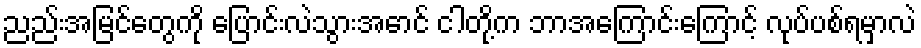
ညည်းအမြင်တွေကို ပြောင်းလဲသွားအောင် ငါတို့က ဘာအကြောင်းကြောင့် လုပ်ပစ်ရမှာလဲ